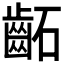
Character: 𮯂